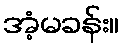
အံ့မခန်း။